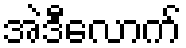
အဲဒီလောက်